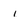
Character: i